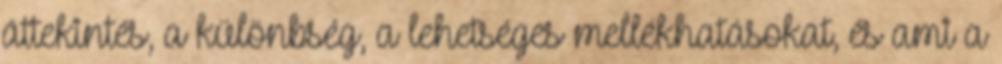
áttekintés, a különbség, a lehetséges mellékhatásokat, és ami a